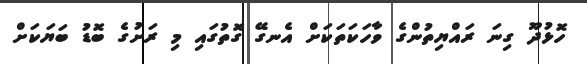
ހޮޅުދޫ ގިނަ ރައްޔިތުންގެ ވާހަކަތަކަށް އެނގޭ ގޮތުގައި މި ރަށުގެ ބޮޑު ބަޔަކަށް